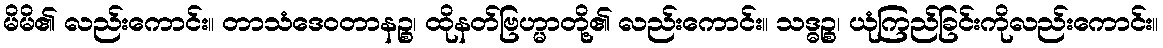
မိမိ၏ လည်းကောင်း။ တာသံဒေဝတာနဉ္စ၊ ထိုနတ်ဗြဟ္မာတို့၏ လည်းကောင်း။ သဒ္ဓဉ္စ၊ ယုံကြည်ခြင်းကိုလည်းကောင်း။